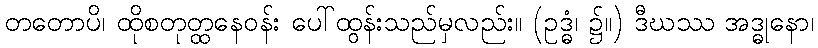
တတောပိ၊ ထိုစတုတ္ထနေဝန်း ပေါ်ထွန်းသည်မှလည်း။ (ဥဒ္ဓံ၊ ၌။) ဒီဃဿ အဒ္ဓုနော၊